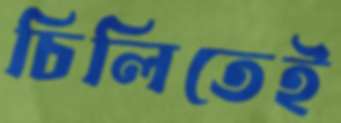
চিলিতেই